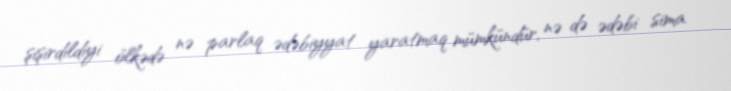
şişirdildiyi ölkədə nə parlaq ədəbiyyat yaratmaq mümkündür, nə də ədəbi sima